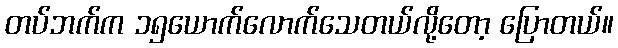
တပ်ဘက်က ၁၅ယောက်လောက်သေတယ်လို့တော့ ပြောတယ်။